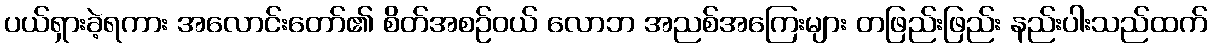
ပယ်ရှားခဲ့ရကား အလောင်းတော်၏ စိတ်အစဉ်ဝယ် လောဘ အညစ်အကြေးများ တဖြည်းဖြည်း နည်းပါးသည်ထက်